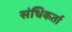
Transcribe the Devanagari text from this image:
संधिकर्ता